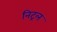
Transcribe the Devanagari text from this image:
निट्रल